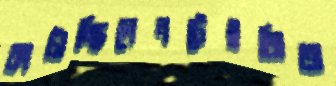
কাটাচ্ছিলেনটেইজিঅ